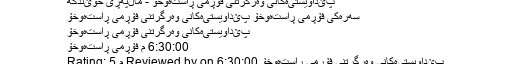
پێداویستیەکانی وەرگرتنی فۆڕمی ڕاستەوخۆ - ماڵپه‌ڕی خوێندگه‌
سه‌ره‌كی فۆڕمی ڕاستەوخۆ پێداویستیەکانی وەرگرتنی فۆڕمی ڕاستەوخۆ
پێداویستیەکانی وەرگرتنی فۆڕمی ڕاستەوخۆ
6:30:00 م فۆڕمی ڕاستەوخۆ
پێداویستیەکانی وەرگرتنی فۆڕمی ڕاستەوخۆ Reviewed by on 6:30:00 م Rating: 5